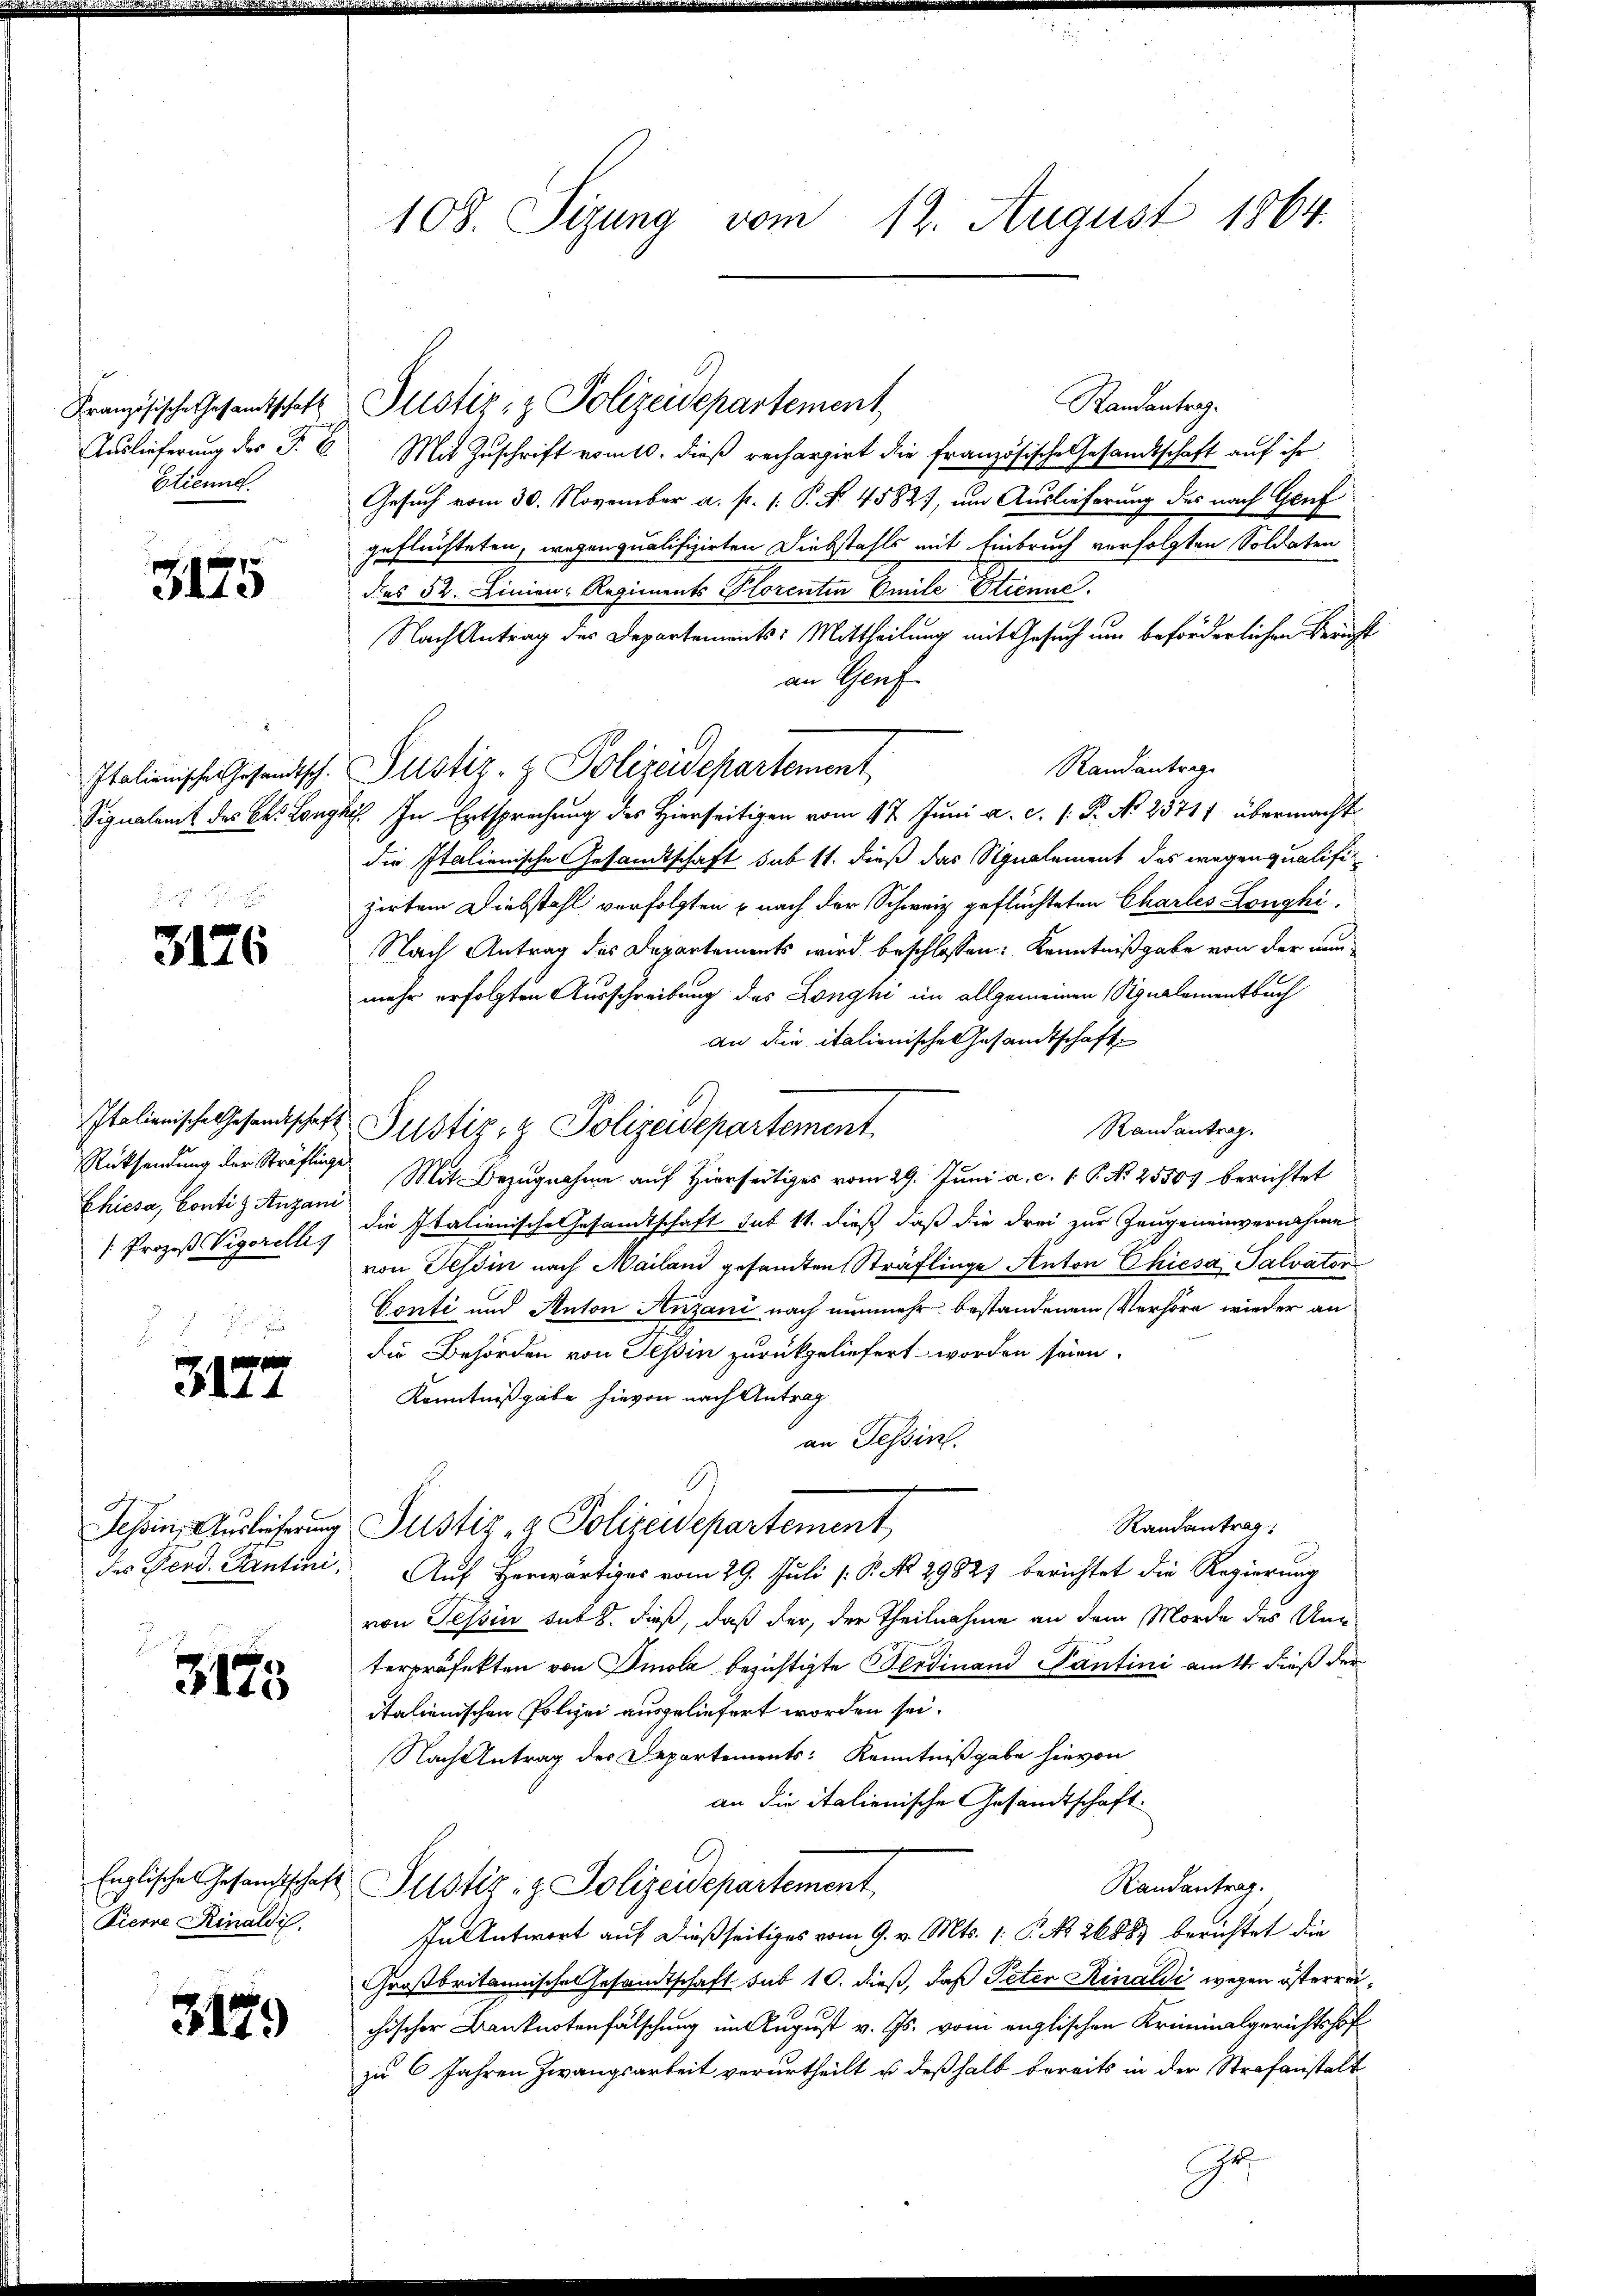
Französische Gesamtschaft
Etienne.

3175

Italienische Gesandtsch.
Signalamt des kk. Long

3176

Rücksendung der Sträflinge
Chiesa, Conti z Anzani
/: Prozeß Vigorellig

3177

3173

Pierre Rinaldis.

3179

108. Sizung vom 12. August 1864.

Randantrag.
Auslieferung des P. C. Mit Zuschrift vom 10. dieß rechargirt die französische Gesandtschaft auf ihr
Gesuch vom 30. November a. p. 1. P. Nr. 4582), um Auslieferung des nach Genf
geflüchteten, wegen qualifizirten Diebstahls mit Einbruch verfolgten Soldaten
dies 52. Linien-Regiments Plorentin Emile Etienne.
Nach Antrag des Departements: Mittheilung mit Gesuch um beförderlichen Bericht
an Genf
Randantrage
Justiz- & Polizeidchartement
J. In Entsprechung des Hierseitigen vom 17. Juni a. c. 1. P. N. 28711 übermacht
die Italienische Gesandtschaft sub 11. dieß das Signalement des wegen qualifizirtem Diebstahl verfolgten & nach der Schweiz geflüchteten Chartes Longhi-
Nach Antrag des Departements wird beschlossen: Kenntnißgabe von der nunmehr erfolgten Ausschreibung des Longhi im allgemeinen Signalementbuch
an die italienische Gesandtschaft
Italienische Gesandtschaft Zustiz- & Polizeidepartement
Randantrag.
Mit Bezugnahme auf Hierseitiges vom 29. Juni a. c. 1 P. No 2550 berichtet
die Italienische Gesandtschaft sub 11. dieß daß die drei zur Zeugeneinvernahme
von Tessin nach Mailand gesandten Sträflinge Anton Chiesa Salvator
Conti und Anton Anzani nach nunmehr bestandenem Verhöre wieder an
die Behörden von Tessin zurückgeliefert worden seien.
Kenntnißgabe hievon nach Antrag
an Tessin.
B
Randantrag
Ichin, Auslicherung Justiz- & Polizeidepartement
des Ferd. Tantini. Auf Horwärtiges vom 29. Juli [ P. No 29827 berichtet die Regierung
von Tessin sub 8. dieß, daß der, der Theilnahme an dem Morde des Unterpräfekten von Imola bezichtigte Ferdinand Pantini am 1. dieß der
italienischen Polizei ausgeliefert worden sei.
Nach Antrag des Departements: Kenntnißgabe hievon
an die italienische Gesandtschaft.
Englische Gesandtschaft Justiz- & Polizeidepartement
Randantrag.
In Antwort auf dießseitiges vom 9. v. Mts. 1. P. No 26883 berichtet die
Großbritannische Gesandtschaft sub 10. dieß, daß Peter Rinaldi wegen österreichischer Banknotenfälschung im August v. Js. von englischen Kriminalgerichtshof
zu 6 Jahren Zwangsarbeit verurtheilt u deßhalb bereits in der Strafanstalt

Justiz- & Polizeidepartement

.